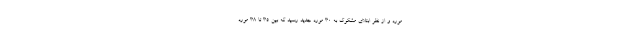
مورد و از نظر ابتلای مشکوک به ۳۰ مورد جدید رسید که بین ۳۵ تا ۳۸ مورد